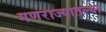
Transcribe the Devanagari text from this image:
गणराज्यातल्या